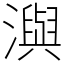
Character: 㵰